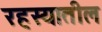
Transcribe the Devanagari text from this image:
रहस्यातील